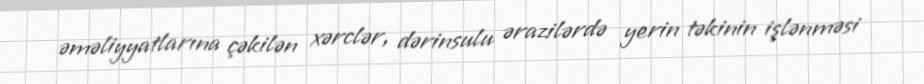
əməliyyatlarına çəkilən xərclər, dərinsulu ərazilərdə yerin təkinin işlənməsi